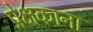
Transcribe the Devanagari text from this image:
प्रेक्षकाना